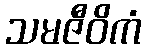
သမဇီဝိကံ